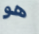
هو